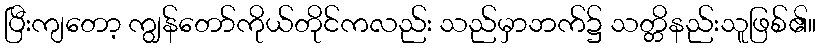
ပြီးကျတော့ ကျွန်တော်ကိုယ်တိုင်ကလည်း သည်မှာဘက်၌ သတ္တိနည်းသူဖြစ်၏။